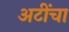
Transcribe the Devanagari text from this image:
अटींचा